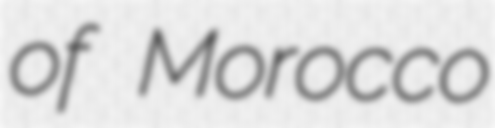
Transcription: of Morocco